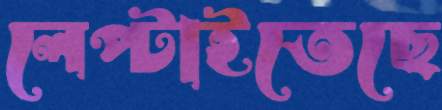
লেপ্‌টাইতেছে